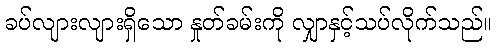
ခပ်လျားလျားရှိသော နှုတ်ခမ်းကို လျှာနှင့်သပ်လိုက်သည်။